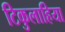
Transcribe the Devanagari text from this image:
टिकुलाहिया